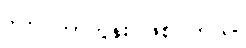
ဒါက ကာတွန်း ဖြစ်ပါတယ်။